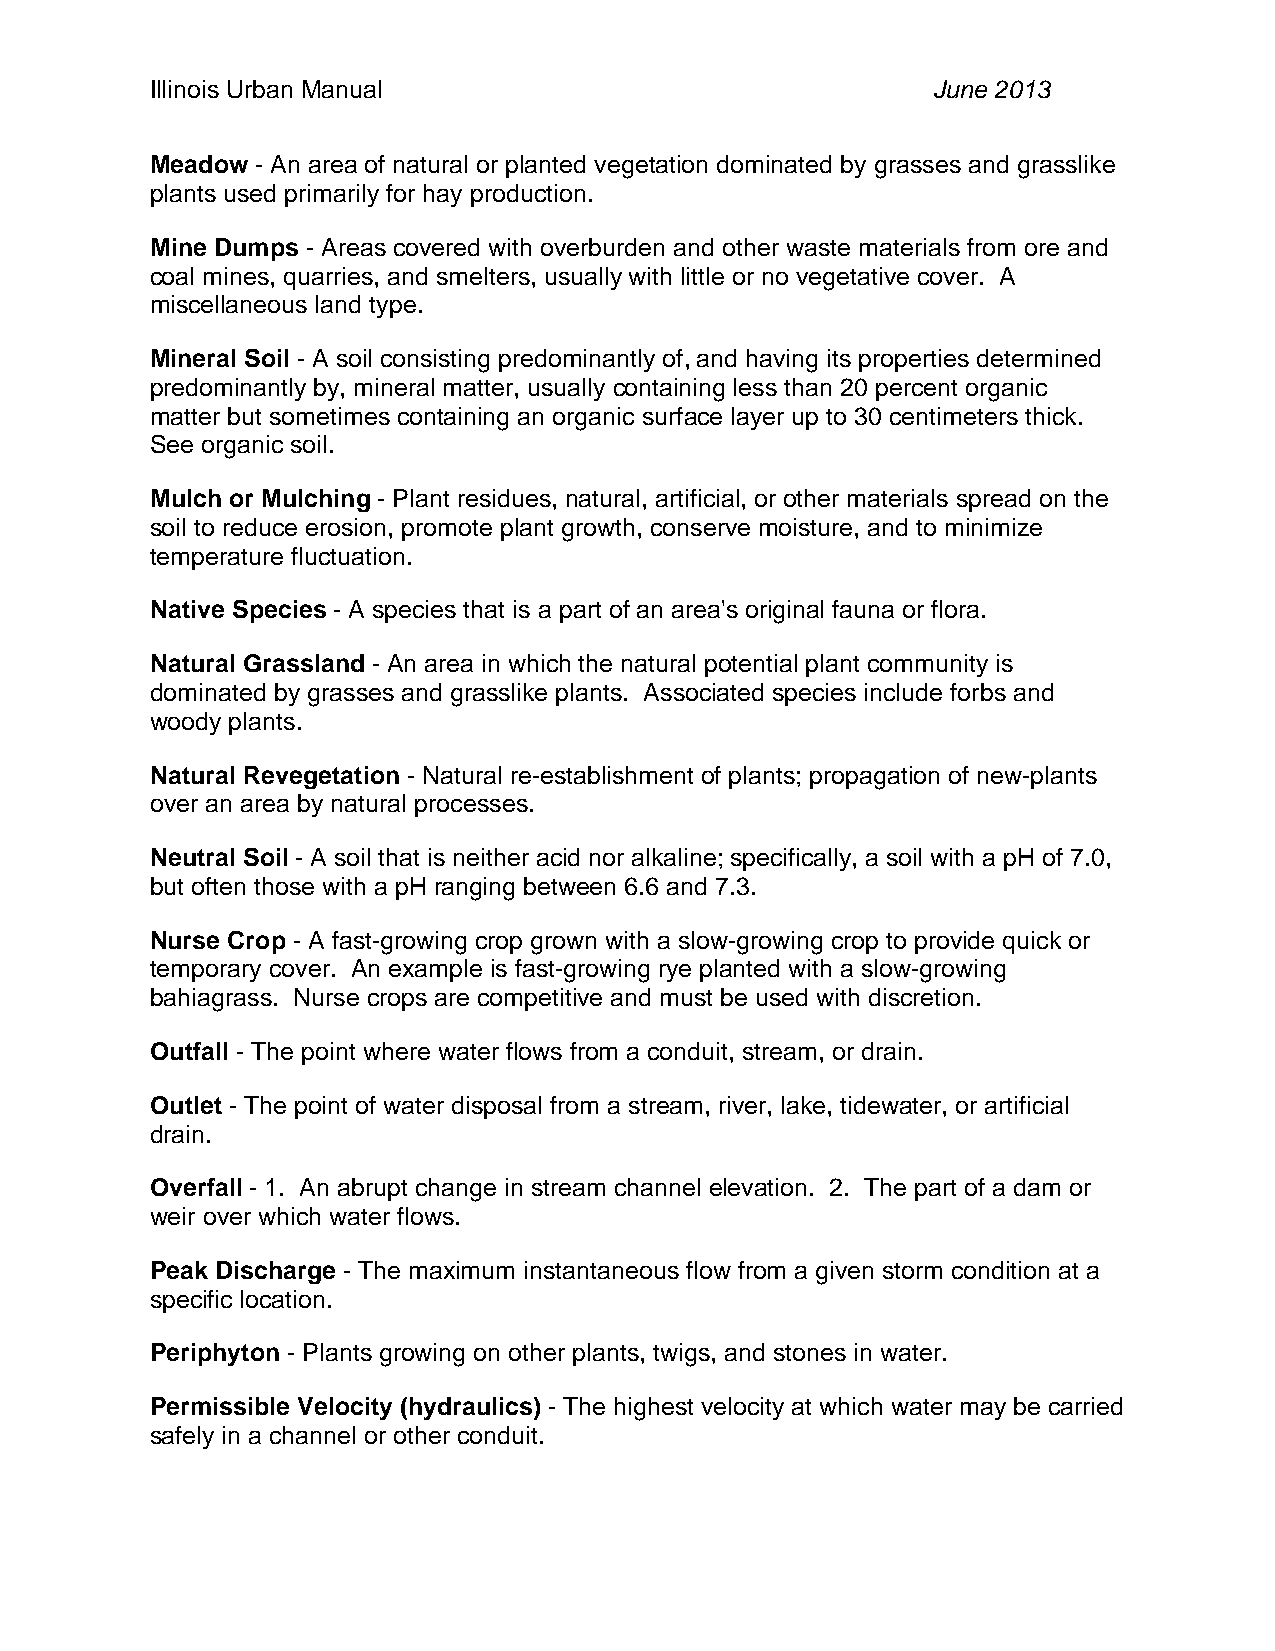
Illinois Urban Manual                               June 2013
 Meadow - An area of natural or planted vegetation dominated by grasses and grasslike
 plants used primarily for hay production.
 Mine Dumps - Areas covered with overburden and other waste materials from ore and
 coal mines, quarries, and smelters, usually with little or no vegetative cover. A
 miscellaneous land type.
 Mineral Soil - A soil consisting predominantly of, and having its properties determined
 predominantly by, mineral matter, usually containing less than 20 percent organic
 matter but sometimes containing an organic surface layer up to 30 centimeters thick.
 See organic soil.
 Mulch or Mulching - Plant residues, natural, artificial, or other materials spread on the
 soil to reduce erosion, promote plant growth, conserve moisture, and to minimize
 temperature fluctuation.
 Native Species - A species that is a part of an area's original fauna or flora.
 Natural Grassland - An area in which the natural potential plant community is
 dominated by grasses and grasslike plants. Associated species include forbs and
 woody plants.
 Natural Revegetation - Natural re-establishment of plants; propagation of new-plants
 over an area by natural processes.
 Neutral Soil - A soil that is neither acid nor alkaline; specifically, a soil with a pH of 7.0,
 but often those with a pH ranging between 6.6 and 7.3.
 Nurse Crop - A fast-growing crop grown with a slow-growing crop to provide quick or
 temporary cover. An example is fast-growing rye planted with a slow-growing
 bahiagrass. Nurse crops are competitive and must be used with discretion.
 Outfall - The point where water flows from a conduit, stream, or drain.
 Outlet - The point of water disposal from a stream, river, lake, tidewater, or artificial
 drain.
 Overfall - 1. An abrupt change in stream channel elevation. 2. The part of a dam or
 weir over which water flows.
 Peak Discharge - The maximum instantaneous flow from a given storm condition at a
 specific location.
 Periphyton - Plants growing on other plants, twigs, and stones in water.
 Permissible Velocity (hydraulics) - The highest velocity at which water may be carried
 safely in a channel or other conduit.